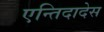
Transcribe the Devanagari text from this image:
एन्तिदादेस